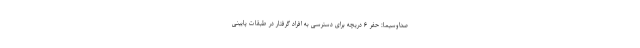
صداوسیما: حفر ۶ دریچه برای دسترسی به افراد گرفتار در طبقات پایینی